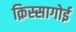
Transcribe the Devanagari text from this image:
क़िस्सागोई